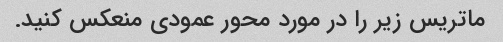
ماتریس زیر را در مورد محور عمودی منعکس کنید.